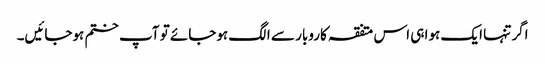
اگر تنہا ایک ہوا ہی اس متفقہ کاروبار سے الگ ہوجائے تو آپ ختم ہوجائیں۔